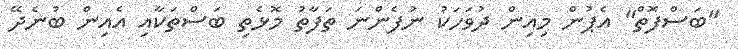
"ބަސްފޮތް" އެޕުން މިއިން ދުވަހަކު ނުފެންނަ ތަފާތު މޮޅެތި ބަސްތަކާއި އެއިން ބުނެދޭ